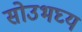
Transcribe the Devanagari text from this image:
सोउभघ्य